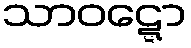
သာဝဋ္ဋော